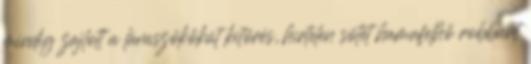
mindig zajlott a lávaszökőkút kitörés, hirtelen sötét hamufelhő robbant